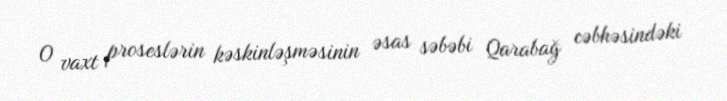
O vaxt proseslərin kəskinləşməsinin əsas səbəbi Qarabağ cəbhəsindəki